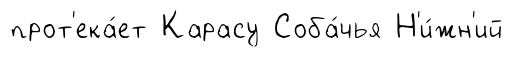
прот'ека́ет Карасу Соба́чья Н'и́жн'ий